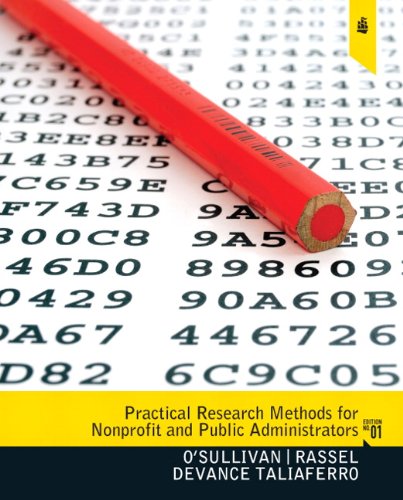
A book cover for Practical Research Methods for Nonprofit and Public Administrators; Elizabethann O'Sullivan; Science & Math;